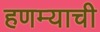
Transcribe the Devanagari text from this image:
हणम्याची